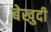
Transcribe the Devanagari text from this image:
बेखुदी